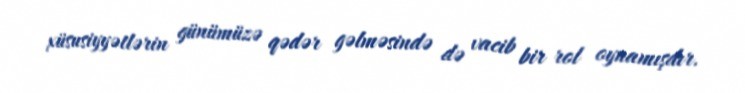
xüsusiyyətlərin günümüzə qədər gəlməsində də vacib bir rol oynamışdır.